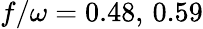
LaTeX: f/\omega=0.48,\, 0.59